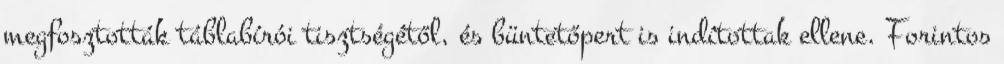
megfosztották táblabírói tisztségétől, és büntetőpert is indítottak ellene. Forintos